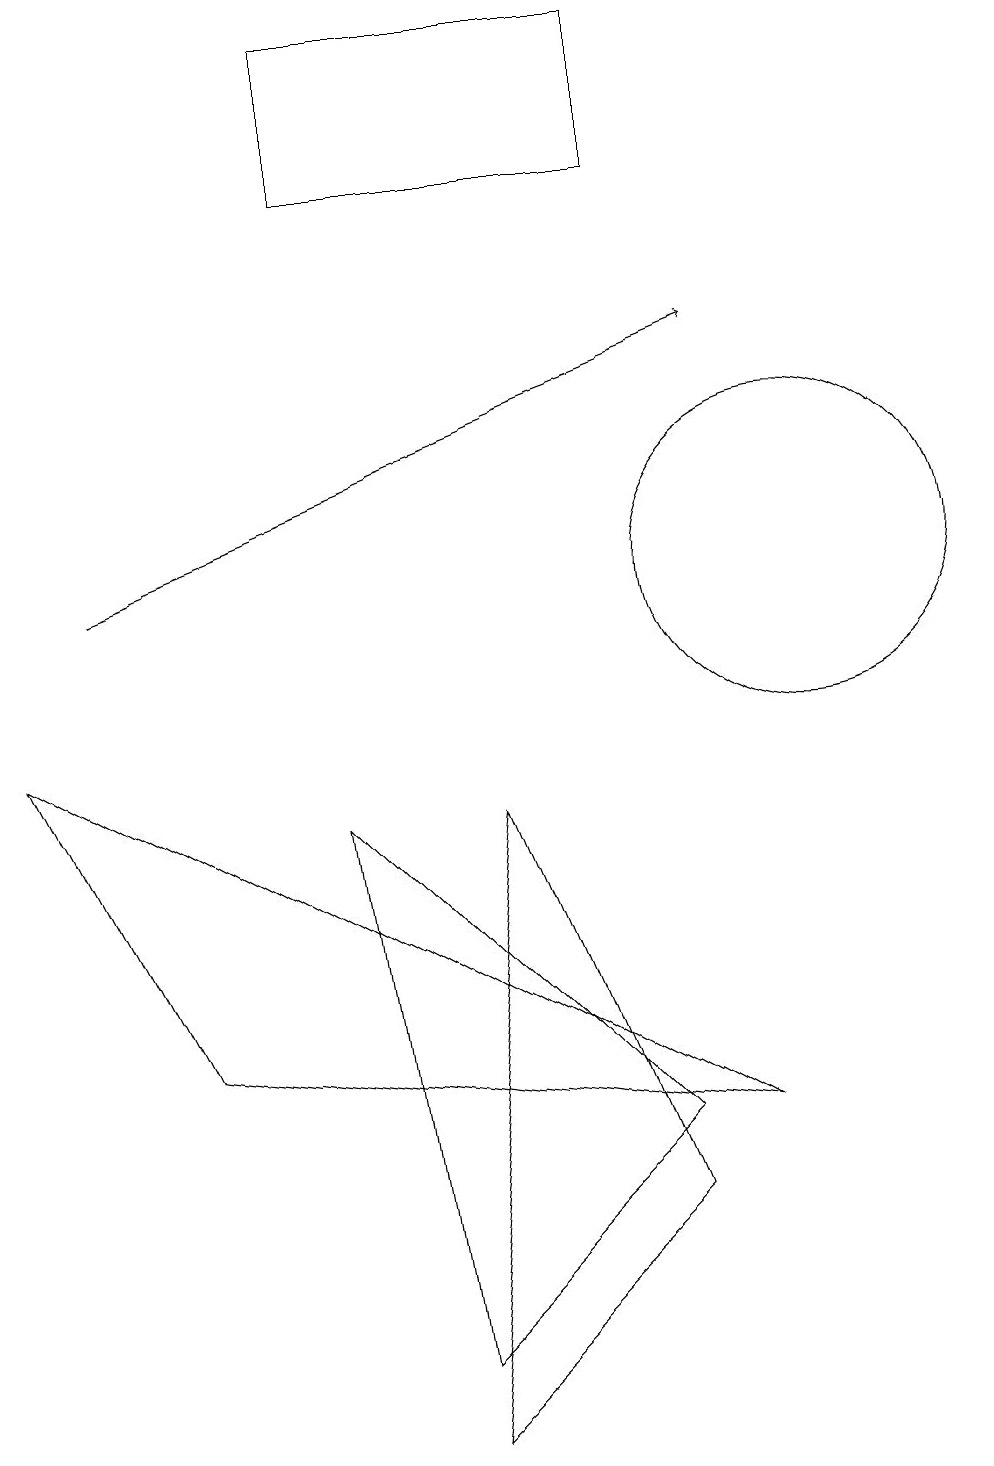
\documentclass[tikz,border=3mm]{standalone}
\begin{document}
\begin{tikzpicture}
\draw (10,11) circle (2);
\draw (5,0) -- (8,3) -- (6,8) -- cycle;
\draw[->] (1,11) -- (9,14);
\draw (4,16) rectangle (8,18);
\draw (4,8) -- (8,4) -- (5,1) -- cycle;
\draw (2,5) -- (0,9) -- (9,4) -- cycle;
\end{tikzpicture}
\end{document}